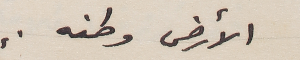
الأرض وطنه.